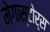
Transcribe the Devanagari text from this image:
मेगास्टोर्स